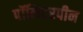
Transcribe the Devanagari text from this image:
पॉलिटरपीन